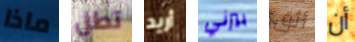
ماذا تطل أريد بيرني أثق أن